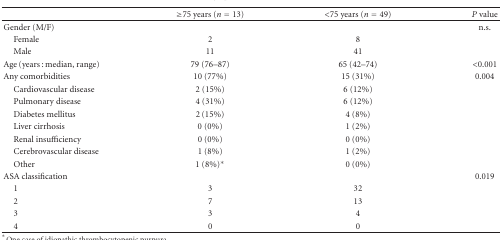
|  | ≥75 years (n = 13) | <75 years (n = 49) | P value |
 | --- | --- | --- | --- |
 | Gender (M/F) |  |  | n.s. |
 | Female | 2 | 8 |  |
 | Male | 11 | 41 |  |
 | Age (years : median, range) | 79 (76–87) | 65 (42–74) | <0.001 |
 | Any comorbidities | 10 (77%) | 15 (31%) | 0.004 |
 | Cardiovascular disease | 2 (15%) | 6 (12%) |  |
 | Pulmonary disease | 4 (31%) | 6 (12%) |  |
 | Diabetes mellitus | 2 (15%) | 4 (8%) |  |
 | Liver cirrhosis | 0 (0%) | 1 (2%) |  |
 | Renal insufficiency | 0 (0%) | 0 (0%) |  |
 | Cerebrovascular disease | 1 (8%) | 1 (2%) |  |
 | Other | 1 (8%)∗ | 0 (0%) |  |
 | ASA classification |  |  | 0.019 |
 | 1 | 3 | 32 |  |
 | 2 | 7 | 13 |  |
 | 3 | 3 | 4 |  |
 | 4 | 0 | 0 |  |